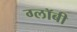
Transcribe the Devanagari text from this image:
ग्लॉबी